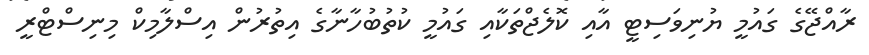
ރާއްޖޭގެ ގައުމީ ޔުނިވަސިޓީ އާއި ކޮލެޖްތަކާއި ގައުމީ ކުތުބުހާނާގެ އިތުރުން އިސްލާމިކް މިނިސްޓްރީ